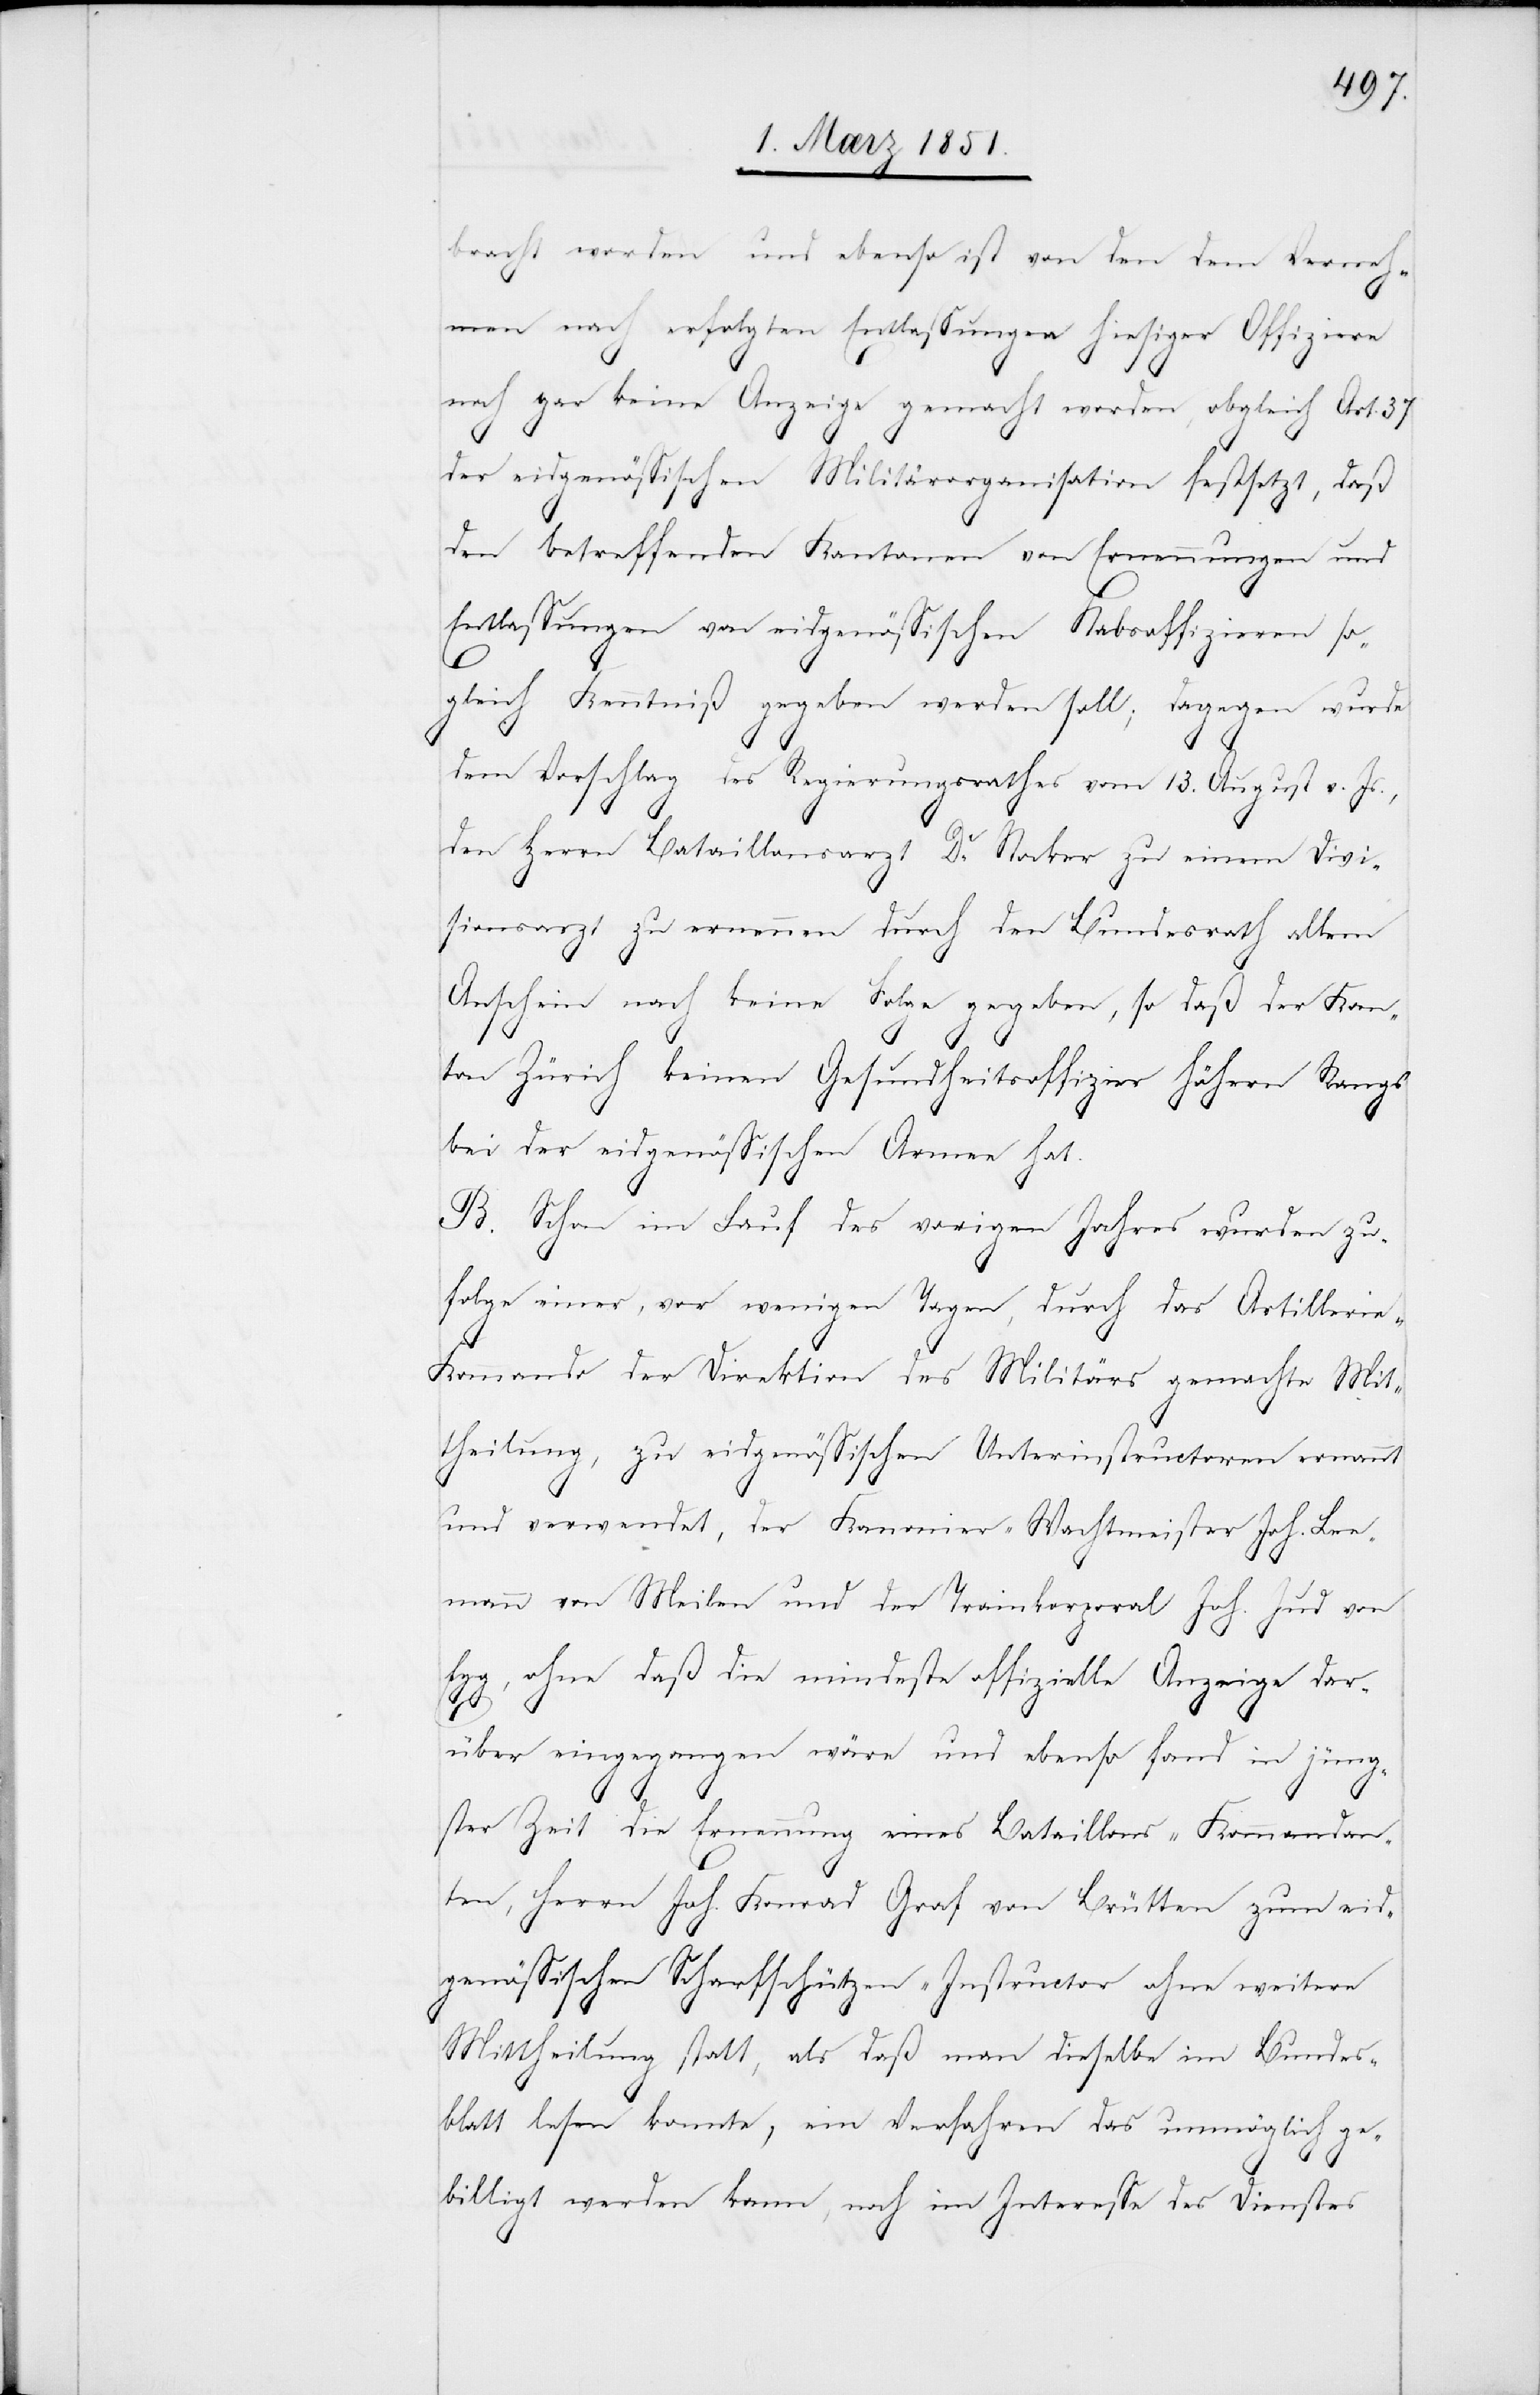
bracht worden und ebenso ist von den dem Verneh¬
men nach erfolgten Entlassungen hiesiger Offiziere
noch gar keine Anzeige gemacht worden, obgleich Art.
37
der eidgenössischen Militärorganisation festsetzt, daß
den betreffenden Kantonen von Ernennungen und
Entlassungen von eidgenössischen Stabsoffizieren so¬
gleich Kenntniß gegeben werden soll; dagegen wurde
dem Vorschlag des Regierungsrathes vom 13. August v. Js.,
den Herrn Bataillonsarzt Dr. Stocker zu einem Divi¬
sionsarzt zu ernennen durch den Bundesrath allem
Anschein nach keine Folge gegeben, so daß der Kan¬
ton Zürich keinen Gesundheitsoffizier höhern Rangs
bei der eidgenössischen Armee hat.
B. Schon im Lauf des vorigen Jahres wurden zu¬
folge einer, vor wenigen Tagen, durch das Artilleri¬
e-Kommando der Direktion des Militärs gemachte Mit¬
theilung, zu eidgenössischen Unterinstructoren ernannt
und verwendet, der Kanonier-Wachtmeister Joh. Lee¬
mann von Meilen und der Trainkorporal Joh. Jud von
Egg, ohne daß die mindeste offizielle Anzeige dar¬
über eingegangen wäre und ebenso fand in jüng¬
ster Zeit die Ernennung eines Bataillons-Kommandan¬
ten, Herrn Joh. Konrad Graf von Brütten zum eid¬
genössischen Scharfschützen-Instructor ohne weitere
Mittheilung statt, als daß man dieselbe im Bundes¬
blatt lesen konnte, ein Verfahren das unmöglich ge¬
billigt werden kann, noch im Interesse des Dienstes